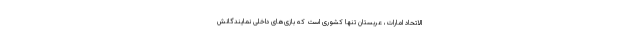
الاتحاد امارات، عربستان تنها کشوری است که بازی‌های داخلی نمایندگانش